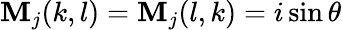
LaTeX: \textbf{M}_{j}(k,l)=\textbf{M}_{j}(l,k)=i\sin\theta